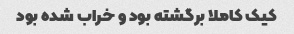
کیک کاملا برگشته بود و خراب شده بود